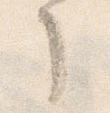
了